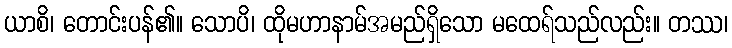
ယာစိ၊ တောင်းပန်၏။ သောပိ၊ ထိုမဟာနာမ်အမည်ရှိသော မထေရ်သည်လည်း။ တဿ၊